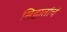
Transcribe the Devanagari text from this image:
सिद्धातांचं